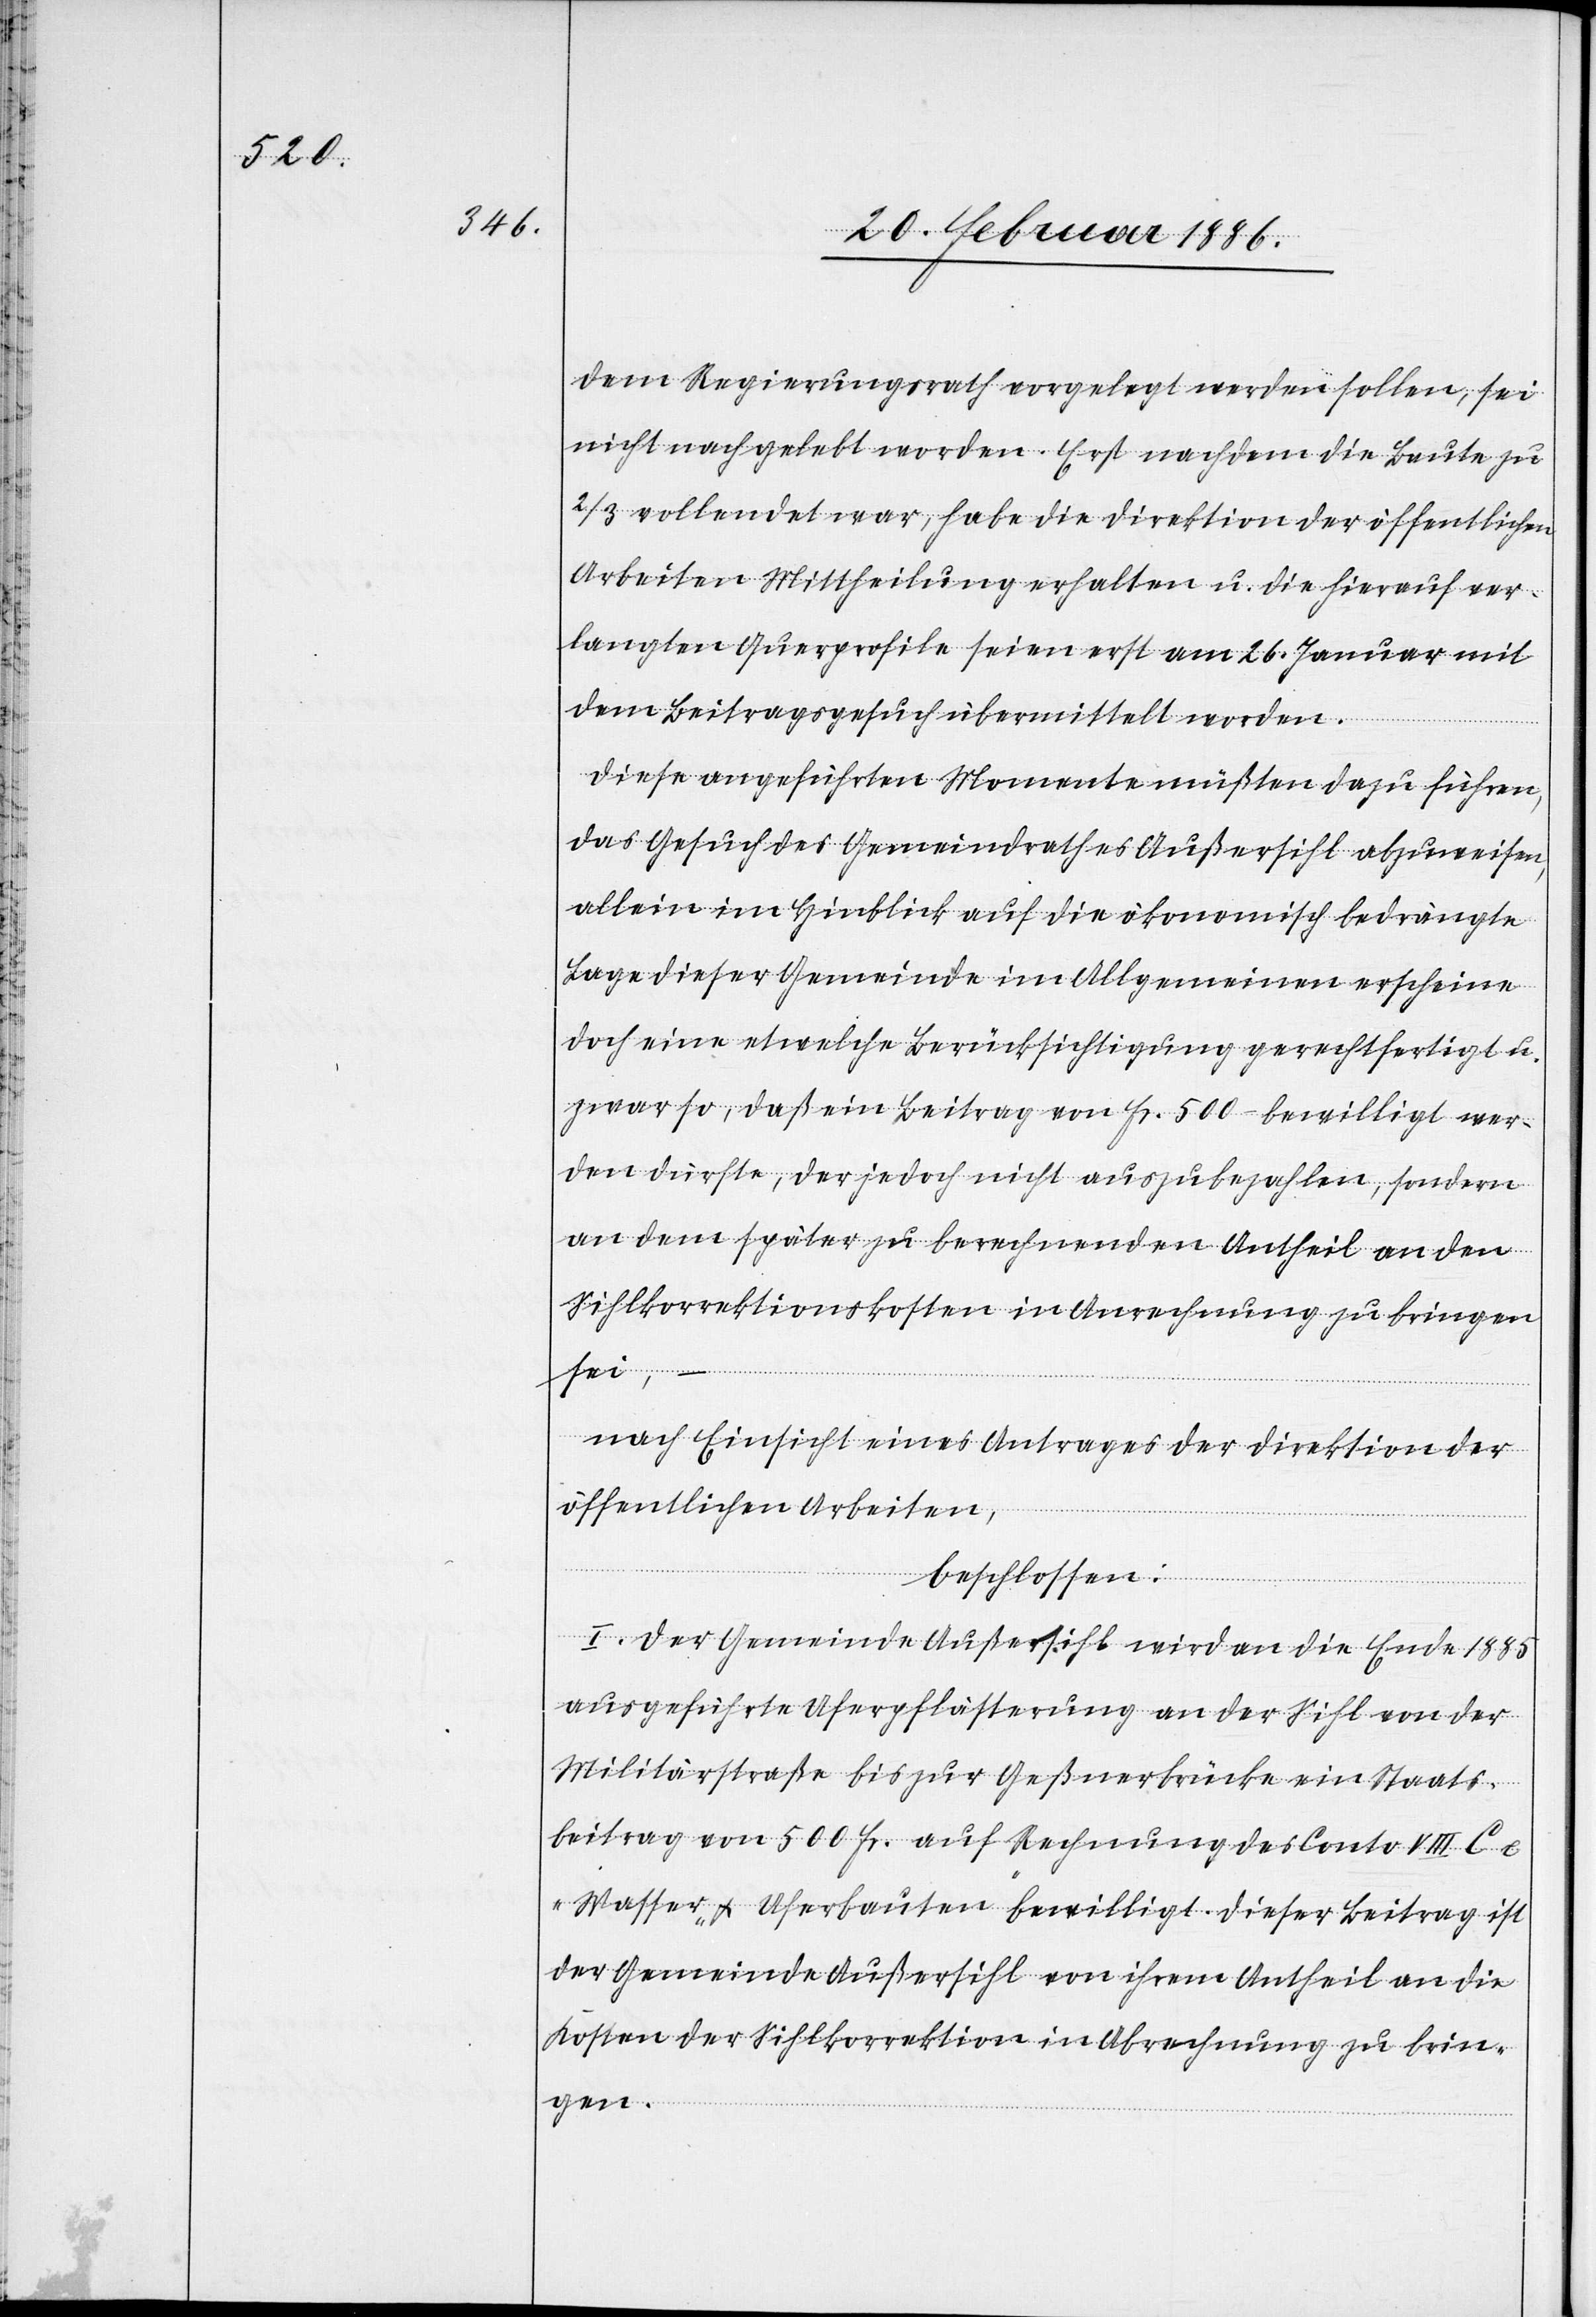
dem Regierungsrath vorgelegt werden sollen, sie
nicht nachgelebt worden. Erst nachdem die Baute zu
2/3 vollendet war, habe die Direktion der öffentlichen
Arbeiten Mittheilung erhalten, u. die hierauf ver¬
langten Querprofile seien erst am 26. Januar mit
dem Beitragsgesuch übermittelt worden.
Diese ausgeführten Momente mußten dazu führen,
das Gesuch des Gemeindrathes Außersihl abzuweisen,
allein im Hinblick auf die ökonomisch bedrängte
Lage dieser Gemeinde im Allgemeinen erscheine
doch eine etwelche Berücksichtigung gerechtfertigt u.
zwar so, daß ein Beitrag von Fr. 500.– bewilligt wer¬
den dürfte, der jedoch nicht auszubezahlen, sondern
an dem später zu berechnenden Antheil an den
Sihlkorrektionskosten in Abrechnung zu bringen
sei, –
nach Einsicht eines Antrages der Direktion der
öffentlichen Arbeiten,
beschlossen:
I. Der Gemeinde Außersihl wird an die Ende 1885
ausgeführte Uferpflästerung an der Sihl von der
Militärstraße bis zur Geßnerbrücke einen Staats¬
beitrage von 500 Fr. auf Rechnung des Conto VIII C e
„Wasser- & Uferbauten“ bewilligt. Dieser Beitrag ist
der Gemeinde Außersihl von ihrem Antheil an die
Kosten der Sihlkorrektion in Abrechnung zu brin¬
gen.